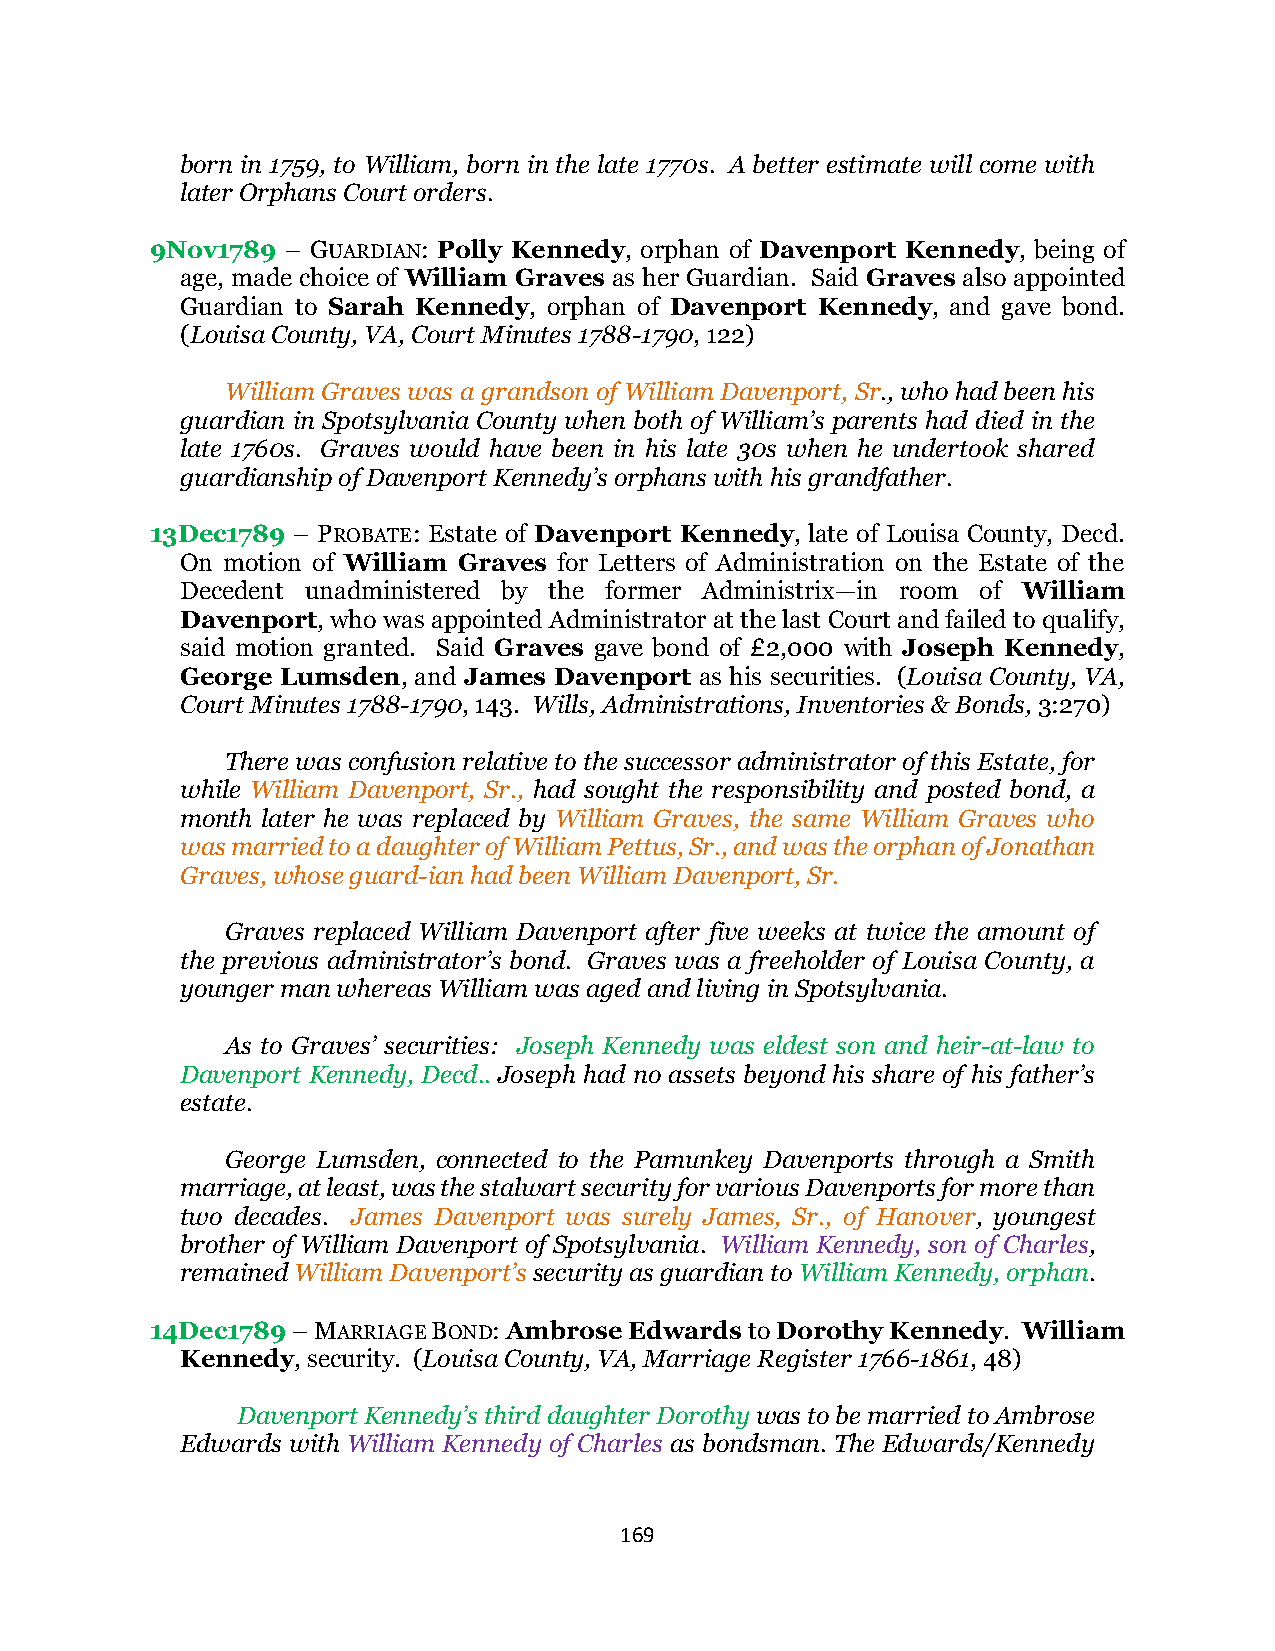
born in 1759, to William, born in the late 1770s. A better estimate will come with
 later Orphans Court orders.
 9Nov1789 – GUARDIAN: Polly Kennedy, orphan of Davenport Kennedy, being of
 age, made choice of William Graves as her Guardian. Said Graves also appointed
 Guardian to Sarah Kennedy, orphan of Davenport Kennedy, and gave bond.
 (Louisa County, VA, Court Minutes 1788-1790, 122)
 William Graves was a grandson of William Davenport, Sr., who had been his
 guardian in Spotsylvania County when both of William’s parents had died in the
 late 1760s. Graves would have been in his late 30s when he undertook shared
 guardianship of Davenport Kennedy’s orphans with his grandfather.
 13Dec1789 – PROBATE: Estate of Davenport Kennedy, late of Louisa County, Decd.
 On motion of William Graves for Letters of Administration on the Estate of the
 Decedent unadministered by the former Administrix—in room of William
 Davenport, who was appointed Administrator at the last Court and failed to qualify,
 said motion granted. Said Graves gave bond of £2,000 with Joseph Kennedy,
 George Lumsden, and James Davenport as his securities. (Louisa County, VA,
 Court Minutes 1788-1790, 143. Wills, Administrations, Inventories & Bonds, 3:270)
 There was confusion relative to the successor administrator of this Estate, for
 while William Davenport, Sr., had sought the responsibility and posted bond, a
 month later he was replaced by William Graves, the same William Graves who
 was married to a daughter of William Pettus, Sr., and was the orphan of Jonathan
 Graves, whose guard-ian had been William Davenport, Sr.
 Graves replaced William Davenport after five weeks at twice the amount of
 the previous administrator’s bond. Graves was a freeholder of Louisa County, a
 younger man whereas William was aged and living in Spotsylvania.
 As to Graves’ securities: Joseph Kennedy was eldest son and heir-at-law to
 Davenport Kennedy, Decd.. Joseph had no assets beyond his share of his father’s
 estate.
 George Lumsden, connected to the Pamunkey Davenports through a Smith
 marriage, at least, was the stalwart security for various Davenports for more than
 two decades. James Davenport was surely James, Sr., of Hanover, youngest
 brother of William Davenport of Spotsylvania. William Kennedy, son of Charles,
 remained William Davenport’s security as guardian to William Kennedy, orphan.
 14Dec1789 – MARRIAGE BOND: Ambrose Edwards to Dorothy Kennedy. William
 Kennedy, security. (Louisa County, VA, Marriage Register 1766-1861, 48)
 Davenport Kennedy’s third daughter Dorothy was to be married to Ambrose
 Edwards with William Kennedy of Charles as bondsman. The Edwards/Kennedy
 169